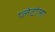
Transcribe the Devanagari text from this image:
प्लेटोला